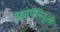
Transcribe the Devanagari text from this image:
उद्योगनिवृत्ती